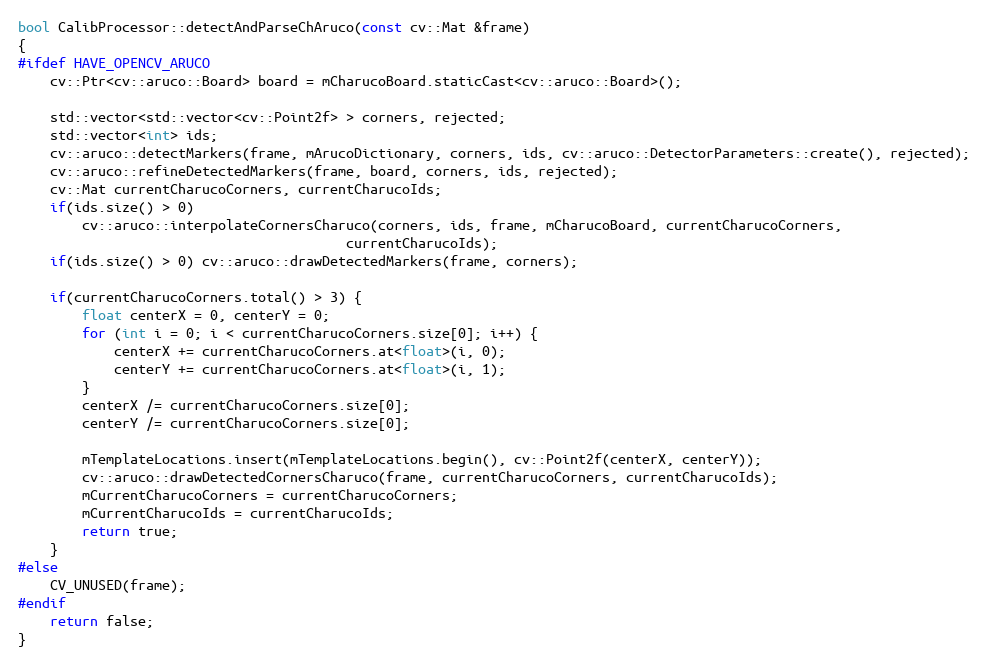
Language: C++
bool CalibProcessor::detectAndParseChAruco(const cv::Mat &frame)
{
#ifdef HAVE_OPENCV_ARUCO
    cv::Ptr<cv::aruco::Board> board = mCharucoBoard.staticCast<cv::aruco::Board>();

    std::vector<std::vector<cv::Point2f> > corners, rejected;
    std::vector<int> ids;
    cv::aruco::detectMarkers(frame, mArucoDictionary, corners, ids, cv::aruco::DetectorParameters::create(), rejected);
    cv::aruco::refineDetectedMarkers(frame, board, corners, ids, rejected);
    cv::Mat currentCharucoCorners, currentCharucoIds;
    if(ids.size() > 0)
        cv::aruco::interpolateCornersCharuco(corners, ids, frame, mCharucoBoard, currentCharucoCorners,
                                         currentCharucoIds);
    if(ids.size() > 0) cv::aruco::drawDetectedMarkers(frame, corners);

    if(currentCharucoCorners.total() > 3) {
        float centerX = 0, centerY = 0;
        for (int i = 0; i < currentCharucoCorners.size[0]; i++) {
            centerX += currentCharucoCorners.at<float>(i, 0);
            centerY += currentCharucoCorners.at<float>(i, 1);
        }
        centerX /= currentCharucoCorners.size[0];
        centerY /= currentCharucoCorners.size[0];

        mTemplateLocations.insert(mTemplateLocations.begin(), cv::Point2f(centerX, centerY));
        cv::aruco::drawDetectedCornersCharuco(frame, currentCharucoCorners, currentCharucoIds);
        mCurrentCharucoCorners = currentCharucoCorners;
        mCurrentCharucoIds = currentCharucoIds;
        return true;
    }
#else
    CV_UNUSED(frame);
#endif
    return false;
}